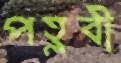
পহ্লবী